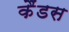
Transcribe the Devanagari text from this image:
कैंडस